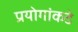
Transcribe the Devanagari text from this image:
प्रयोगांकडे